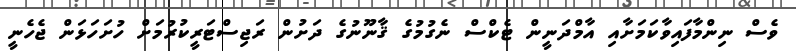
ވެސް ނިންމާފައިވާކަމަށާއި އާމްދަނީން ޓެކްސް ނެގުމުގެ ޤާނޫނުގެ ދަށުން ރަޖިސްޓަރީކުރުމަށް ހުށަހަޅަން ޖެހެނީ